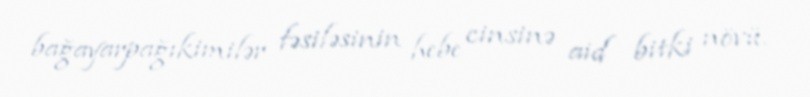
bağayarpağıkimilər fəsiləsinin hebe cinsinə aid bitki növü.